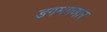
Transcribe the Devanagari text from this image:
डगमगणार